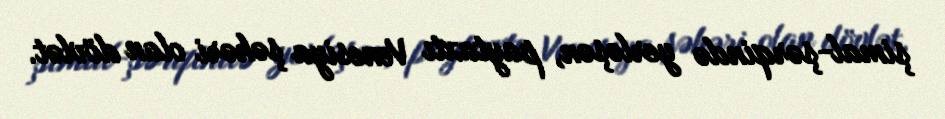
şimal-şərqində yerləşən, paytaxtı Venesiya şəhəri olan dövlət.